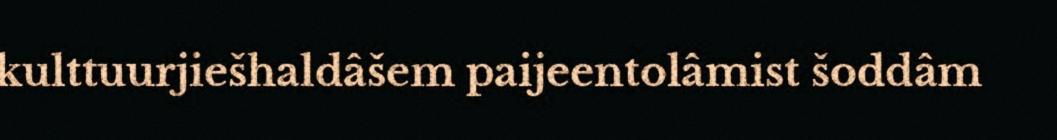
kulttuurjiešhaldâšem paijeentolâmist šoddâm